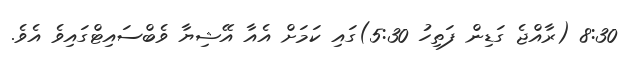
8:30 (ރާއްޖެ ގަޑިން ފަތިހު 5:30)ގައި ކަމަށް އެއާ އޭޝިޔާ ވެބްސައިޓްގައިވެ އެވެ.